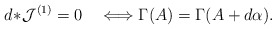
\begin{align*}d\!\ast\!{\cal J}^{(1)}=0\quad\Longleftrightarrow \Gamma(A)=\Gamma(A+d\alpha).\end{align*}